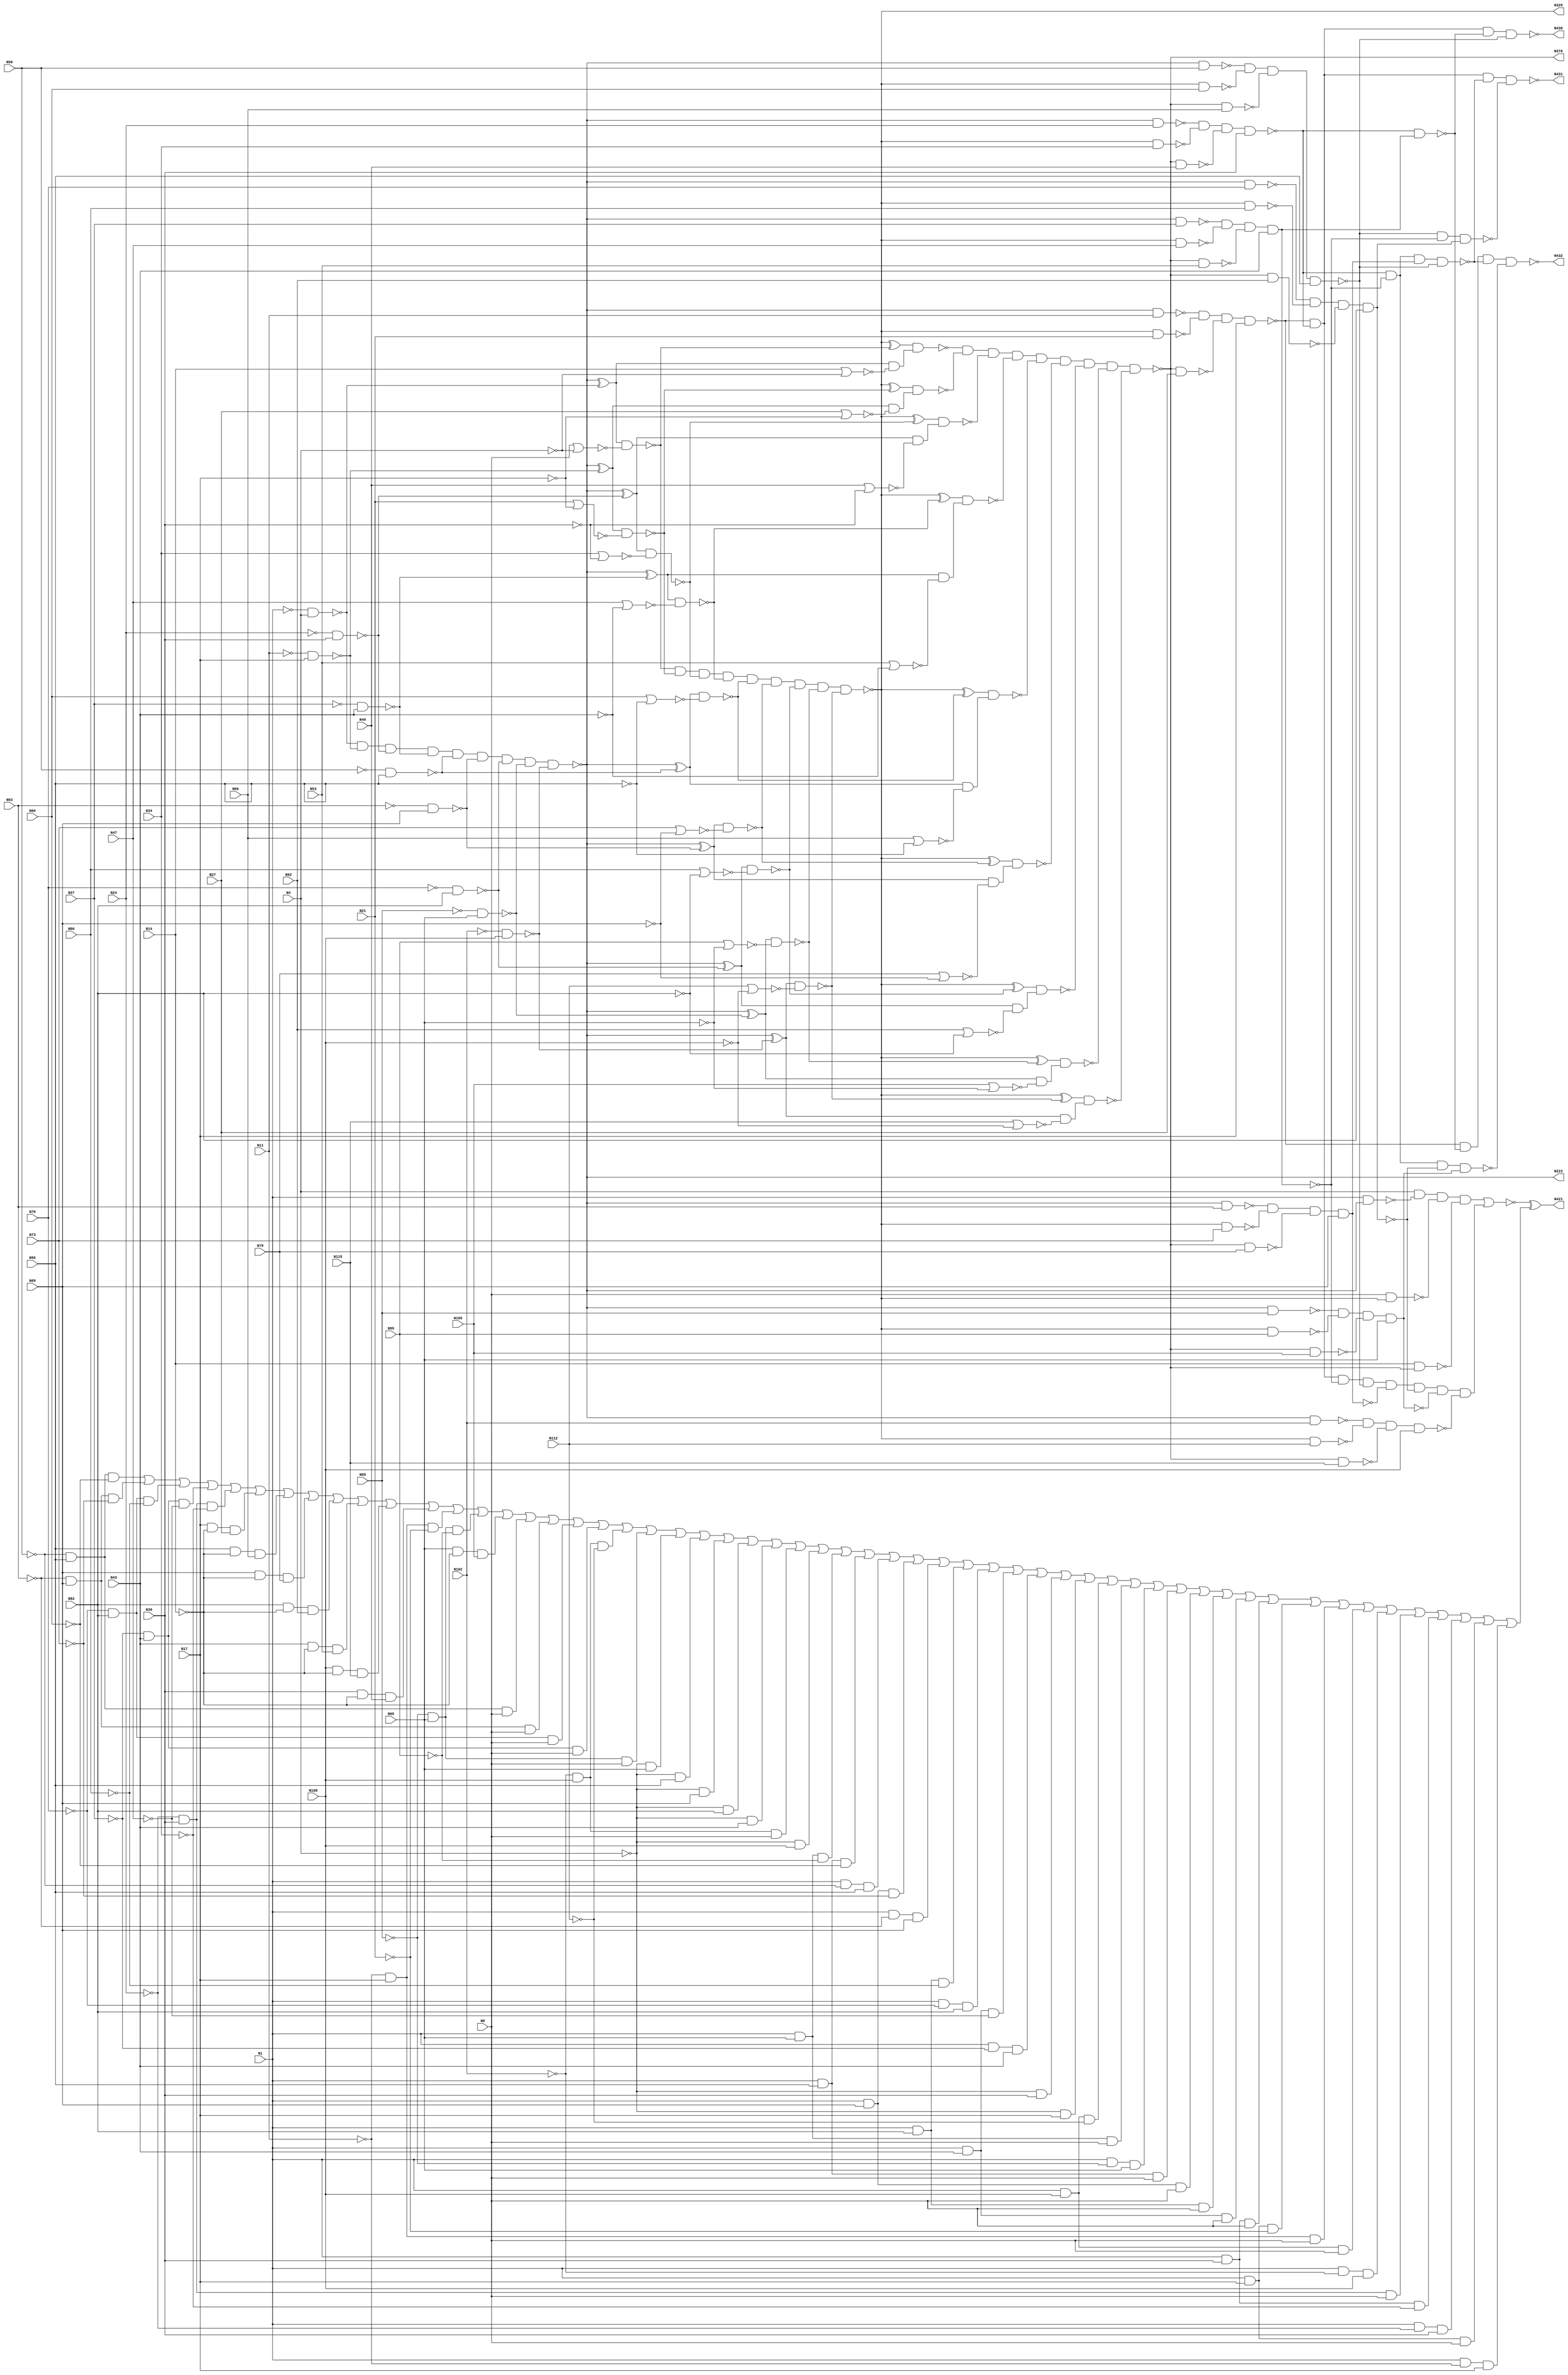
module c432(N223,N329,N370,N421,N430,N431,N432,N1,N4,N8,N11,N14,N17,N21,N24,N27,N30,N34,N37,N40,N43,N47,N50,N53,N56,N60,N63,N66,N69,N73,N76,N79,N82,N86,N89,N92,N95,N99,N102,N105,N108,N112,N115);
	input N1, N4, N8, N11, N14, N17, N21, N24, N27, N30, N34, N37, N40, N43, N47, N50, N53, N56, N60, N63, N66, N69, N73, N76, N79, N82, N86, N89, N92, N95, N99, N102, N105, N108, N112, N115;
	output N223, N329, N370, N421, N430, N431, N432;
	wire N118, N119, N122, N123, N126, N127, N130, N131, N134, N135, N138, N139, N142, N143, N146, N147, N150, N151, N154, N157, N158, N159, N162, N165, N168, N171, N174, N177, N180, N183, N184, N185, N186, N187, N188, N189, N190, N191, N192, N193, N194, N195, N196, N197, N198, N199, N203, N213, N224, N227, N230, N233, N236, N239, N242, N243, N246, N247, N250, N251, N254, N255, N256, N257, N258, N259, N260, N263, N264, N267, N270, N273, N276, N279, N282, N285, N288, N289, N290, N291, N292, N293, N294, N295, N296, N300, N301, N302, N303, N304, N305, N306, N307, N308, N309, N319, N330, N331, N332, N333, N334, N335, N336, N337, N338, N339, N340, N341, N342, N343, N344, N345, N346, N347, N348, N349, N350, N351, N352, N353, N354, N355, N356, N357, N360, N371, N372, N373, N374, N375, N376, N377, N378, N379, N380, N381, N386, N393, N399, N404, N407, N411, N414, N415, N416, N417, N418, N419, N420, N422, N425, N428, N429;
	wire sub_wire0, w_eco0, w_eco1, w_eco2, w_eco3, w_eco4, w_eco5, w_eco6, w_eco7, w_eco8, w_eco9, w_eco10, w_eco11, w_eco12, w_eco13, w_eco14, w_eco15, w_eco16, w_eco17, w_eco18, w_eco19, w_eco20, w_eco21, w_eco22, w_eco23, w_eco24, w_eco25, w_eco26, w_eco27, w_eco28, w_eco29, w_eco30, w_eco31, w_eco32, w_eco33, w_eco34, w_eco35, w_eco36, w_eco37, w_eco38, w_eco39, w_eco40, w_eco41, w_eco42, w_eco43, w_eco44, w_eco45, w_eco46, w_eco47, w_eco48, w_eco49, w_eco50, w_eco51, w_eco52, w_eco53, w_eco54, w_eco55, w_eco56;

	not NOT1_1(N118, N1);
	not NOT1_2(N119, N4);
	not NOT1_3(N122, N11);
	not NOT1_4(N123, N17);
	not NOT1_5(N126, N24);
	not NOT1_6(N127, N30);
	not NOT1_7(N130, N37);
	not NOT1_8(N131, N43);
	not NOT1_9(N134, N50);
	not NOT1_10(N135, N56);
	not NOT1_11(N138, N63);
	not NOT1_12(N139, N69);
	not NOT1_13(N142, N76);
	not NOT1_14(N143, N82);
	not NOT1_15(N146, N89);
	not NOT1_16(N147, N95);
	not NOT1_17(N150, N102);
	not NOT1_18(N151, N108);
	nand NAND2_19(N154, N118, N4);
	nor NOR2_20(N157, N8, N119);
	nor NOR2_21(N158, N14, N119);
	nand NAND2_22(N159, N122, N17);
	nand NAND2_23(N162, N126, N30);
	nand NAND2_24(N165, N130, N43);
	nand NAND2_25(N168, N134, N56);
	nand NAND2_26(N171, N138, N69);
	nand NAND2_27(N174, N142, N82);
	nand NAND2_28(N177, N146, N95);
	nand NAND2_29(N180, N150, N108);
	nor NOR2_30(N183, N21, N123);
	nor NOR2_31(N184, N27, N123);
	nor NOR2_32(N185, N34, N127);
	nor NOR2_33(N186, N40, N127);
	nor NOR2_34(N187, N47, N131);
	nor NOR2_35(N188, N53, N131);
	nor NOR2_36(N189, N60, N135);
	nor NOR2_37(N190, N66, N135);
	nor NOR2_38(N191, N73, N139);
	nor NOR2_39(N192, N79, N139);
	nor NOR2_40(N193, N86, N143);
	nor NOR2_41(N194, N92, N143);
	nor NOR2_42(N195, N99, N147);
	nor NOR2_43(N196, N105, N147);
	nor NOR2_44(N197, N112, N151);
	nor NOR2_45(N198, N115, N151);
	and AND9_46(N199, N154, N159, N162, N165, N168, N171, N174, N177, N180);
	not NOT1_47(N203, N199);
	not NOT1_48(N213, N199);
	not NOT1_49(N223, N199);
	xor XOR2_50(N224, N203, N154);
	xor XOR2_51(N227, N203, N159);
	xor XOR2_52(N230, N203, N162);
	xor XOR2_53(N233, N203, N165);
	xor XOR2_54(N236, N203, N168);
	xor XOR2_55(N239, N203, N171);
	nand NAND2_56(N242, N1, N213);
	xor XOR2_57(N243, N203, N174);
	nand NAND2_58(N246, N213, N11);
	xor XOR2_59(N247, N203, N177);
	nand NAND2_60(N250, N213, N24);
	xor XOR2_61(N251, N203, N180);
	nand NAND2_62(N254, N213, N37);
	nand NAND2_63(N255, N213, N50);
	nand NAND2_64(N256, N213, N63);
	nand NAND2_65(N257, N213, N76);
	nand NAND2_66(N258, N213, N89);
	nand NAND2_67(N259, N213, N102);
	nand NAND2_68(N260, N224, N157);
	nand NAND2_69(N263, N224, N158);
	nand NAND2_70(N264, N227, N183);
	nand NAND2_71(N267, N230, N185);
	nand NAND2_72(N270, N233, N187);
	nand NAND2_73(N273, N236, N189);
	nand NAND2_74(N276, N239, N191);
	nand NAND2_75(N279, N243, N193);
	nand NAND2_76(N282, N247, N195);
	nand NAND2_77(N285, N251, N197);
	nand NAND2_78(N288, N227, N184);
	nand NAND2_79(N289, N230, N186);
	nand NAND2_80(N290, N233, N188);
	nand NAND2_81(N291, N236, N190);
	nand NAND2_82(N292, N239, N192);
	nand NAND2_83(N293, N243, N194);
	nand NAND2_84(N294, N247, N196);
	nand NAND2_85(N295, N251, N198);
	and AND9_86(N296, N260, N264, N267, N270, N273, N276, N279, N282, N285);
	not NOT1_87(N300, N263);
	not NOT1_88(N301, N288);
	not NOT1_89(N302, N289);
	not NOT1_90(N303, N290);
	not NOT1_91(N304, N291);
	not NOT1_92(N305, N292);
	not NOT1_93(N306, N293);
	not NOT1_94(N307, N294);
	not NOT1_95(N308, N295);
	not NOT1_96(N309, N296);
	not NOT1_97(N319, N296);
	not NOT1_98(N329, N296);
	xor XOR2_99(N330, N309, N260);
	xor XOR2_100(N331, N309, N264);
	xor XOR2_101(N332, N309, N267);
	xor XOR2_102(N333, N309, N270);
	nand NAND2_103(N334, N8, N319);
	xor XOR2_104(N335, N309, N273);
	nand NAND2_105(N336, N319, N21);
	xor XOR2_106(N337, N309, N276);
	nand NAND2_107(N338, N319, N34);
	xor XOR2_108(N339, N309, N279);
	nand NAND2_109(N340, N319, N47);
	xor XOR2_110(N341, N309, N282);
	nand NAND2_111(N342, N319, N60);
	xor XOR2_112(N343, N309, N285);
	nand NAND2_113(N344, N319, N73);
	nand NAND2_114(N345, N319, N86);
	nand NAND2_115(N346, N319, N99);
	nand NAND2_116(N347, N319, N112);
	nand NAND2_117(N348, N330, N300);
	nand NAND2_118(N349, N331, N301);
	nand NAND2_119(N350, N332, N302);
	nand NAND2_120(N351, N333, N303);
	nand NAND2_121(N352, N335, N304);
	nand NAND2_122(N353, N337, N305);
	nand NAND2_123(N354, N339, N306);
	nand NAND2_124(N355, N341, N307);
	nand NAND2_125(N356, N343, N308);
	and AND9_126(N357, N348, N349, N350, N351, N352, N353, N354, N355, N356);
	not NOT1_127(N360, N357);
	not NOT1_128(N370, N357);
	nand NAND2_129(N371, N14, N360);
	nand NAND2_130(N372, N360, N27);
	nand NAND2_131(N373, N360, N40);
	nand NAND2_132(N374, N360, N53);
	nand NAND2_133(N375, N360, N66);
	nand NAND2_134(N376, N360, N79);
	nand NAND2_135(N377, N360, N92);
	nand NAND2_136(N378, N360, N105);
	nand NAND2_137(N379, N360, N115);
	nand NAND4_138(N380, N4, N242, N334, N371);
	nand NAND4_139(N381, N246, N336, N372, N17);
	nand NAND4_140(N386, N250, N338, N373, N30);
	nand NAND4_141(N393, N254, N340, N374, N43);
	nand NAND4_142(N399, N255, N342, N375, N56);
	nand NAND4_143(N404, N256, N344, N376, N69);
	nand NAND4_144(N407, N257, N345, N377, N82);
	nand NAND4_145(N411, N258, N346, N378, N95);
	nand NAND4_146(N414, N259, N347, N379, N108);
	not NOT1_147(N415, N380);
	and AND8_148(N416, N381, N386, N393, N399, N404, N407, N411, N414);
	not NOT1_149(N417, N393);
	not NOT1_150(N418, N404);
	not NOT1_151(N419, N407);
	not NOT1_152(N420, N411);
	nor NOR2_153(sub_wire0, N415, N416);
	nand NAND2_154(N422, N386, N417);
	nand NAND4_155(N425, N386, N393, N418, N399);
	nand NAND3_156(N428, N399, N393, N419);
	nand NAND4_157(N429, N386, N393, N407, N420);
	nand NAND4_158(N430, N381, N386, N422, N399);
	nand NAND4_159(N431, N381, N386, N425, N428);
	nand NAND4_160(N432, N381, N422, N425, N429);
	and _ECO_0(w_eco0, !N50, N56, !N60);
	and _ECO_1(w_eco1, !N63, N69, !N73);
	and _ECO_2(w_eco2, !N76, N82, !N86);
	and _ECO_3(w_eco3, !N37, N43, !N47);
	and _ECO_4(w_eco4, !N24, N30, !N34);
	and _ECO_5(w_eco5, N17, !N14, N27);
	and _ECO_6(w_eco6, N56, !N14, N66);
	and _ECO_7(w_eco7, N69, !N14, N79);
	and _ECO_8(w_eco8, N82, !N14, N92);
	and _ECO_9(w_eco9, N43, !N14, N53);
	and _ECO_10(w_eco10, N108, !N14, N115);
	and _ECO_11(w_eco11, N30, !N14, N40);
	and _ECO_12(w_eco12, !N11, N17, !N21);
	and _ECO_13(w_eco13, !N89, N95, !N99);
	and _ECO_14(w_eco14, N95, !N14, N105);
	and _ECO_15(w_eco15, !N50, N56, N8);
	and _ECO_16(w_eco16, !N63, N69, N8);
	and _ECO_17(w_eco17, !N76, N82, N8);
	and _ECO_18(w_eco18, !N37, N43, N8);
	and _ECO_19(w_eco19, !N102, N108, !N112);
	and _ECO_20(w_eco20, !N89, N95, N8);
	and _ECO_21(w_eco21, !N4, N95);
	and _ECO_22(w_eco22, !N4, N56);
	and _ECO_23(w_eco23, !N4, N69);
	and _ECO_24(w_eco24, !N4, N82);
	and _ECO_25(w_eco25, !N4, N43);
	and _ECO_26(w_eco26, !N102, N108, N8);
	and _ECO_27(w_eco27, !N4, N108);
	and _ECO_28(w_eco28, N1, N95, !N99);
	and _ECO_29(w_eco29, N1, N56, !N60);
	and _ECO_30(w_eco30, N1, !N50, N56);
	and _ECO_31(w_eco31, N1, N69, !N73);
	and _ECO_32(w_eco32, N1, !N63, N69);
	and _ECO_33(w_eco33, N1, N82, !N86);
	and _ECO_34(w_eco34, N1, !N76, N82);
	and _ECO_35(w_eco35, N1, N43, !N47);
	and _ECO_36(w_eco36, N1, !N37, N43);
	and _ECO_37(w_eco37, !N4, N30);
	and _ECO_38(w_eco38, !N4, N17);
	and _ECO_39(w_eco39, N1, N108, !N112);
	and _ECO_40(w_eco40, N1, N95, N8);
	and _ECO_41(w_eco41, N1, !N89, N95);
	and _ECO_42(w_eco42, N1, N56, N8);
	and _ECO_43(w_eco43, N1, N69, N8);
	and _ECO_44(w_eco44, N1, N82, N8);
	and _ECO_45(w_eco45, N1, N43, N8);
	and _ECO_46(w_eco46, N1, N30, N8);
	and _ECO_47(w_eco47, N1, N17, !N21);
	and _ECO_48(w_eco48, !N11, N17, N8);
	and _ECO_49(w_eco49, N1, N108, N8);
	and _ECO_50(w_eco50, N1, !N102, N108);
	and _ECO_51(w_eco51, !N24, N30, N8);
	and _ECO_52(w_eco52, N1, N30, !N34);
	and _ECO_53(w_eco53, N1, !N24, N30);
	and _ECO_54(w_eco54, N1, N17, N8);
	and _ECO_55(w_eco55, N1, !N11, N17);
	or _ECO_56(w_eco56, w_eco0, w_eco1, w_eco2, w_eco3, w_eco4, w_eco5, w_eco6, w_eco7, w_eco8, w_eco9, w_eco10, w_eco11, w_eco12, w_eco13, w_eco14, w_eco15, w_eco16, w_eco17, w_eco18, w_eco19, w_eco20, w_eco21, w_eco22, w_eco23, w_eco24, w_eco25, w_eco26, w_eco27, w_eco28, w_eco29, w_eco30, w_eco31, w_eco32, w_eco33, w_eco34, w_eco35, w_eco36, w_eco37, w_eco38, w_eco39, w_eco40, w_eco41, w_eco42, w_eco43, w_eco44, w_eco45, w_eco46, w_eco47, w_eco48, w_eco49, w_eco50, w_eco51, w_eco52, w_eco53, w_eco54, w_eco55);
	xor _ECO_out0(N421, sub_wire0, w_eco56);

endmodule